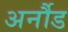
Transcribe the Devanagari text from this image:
अर्नौड